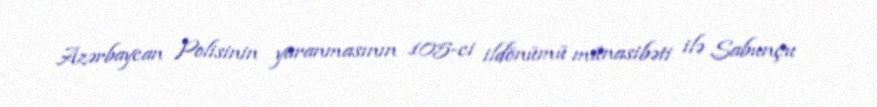
Azərbaycan Polisinin yaranmasının 105-ci ildönümü münasibəti ilə Sabunçu